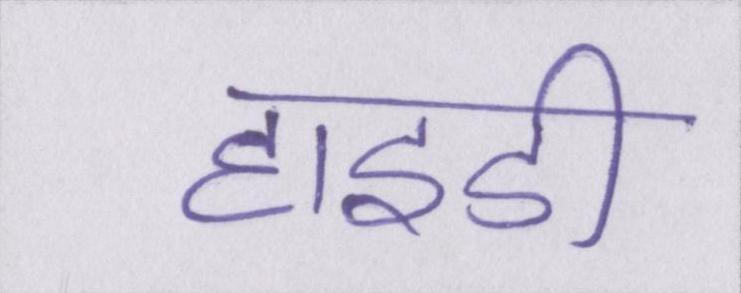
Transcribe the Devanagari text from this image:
हाइडी